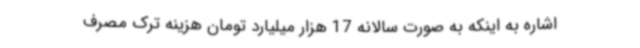
اشاره به اینکه به صورت سالانه 17 هزار میلیارد تومان هزینه ترک مصرف